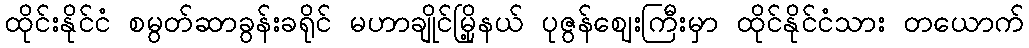
ထိုင်းနိုင်ငံ စမွတ်ဆာခွန်းခရိုင် မဟာချိုင်မြို့နယ် ပုဇွန်ဈေးကြီးမှာ ထိုင်နိုင်ငံသား တယောက်